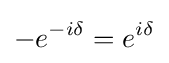
-e^{-i\delta }=e^{i\delta }